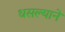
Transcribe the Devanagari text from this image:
धसल्याने